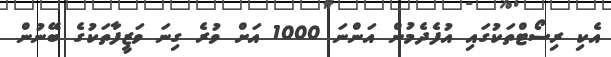
އެކި ރިސޯޓްތަކުގައި އުފެދެމުން އަންނަ 1000 އަށް ވުރެ ގިނަ ވަޒީފާތަކުގެ ބޭނުން